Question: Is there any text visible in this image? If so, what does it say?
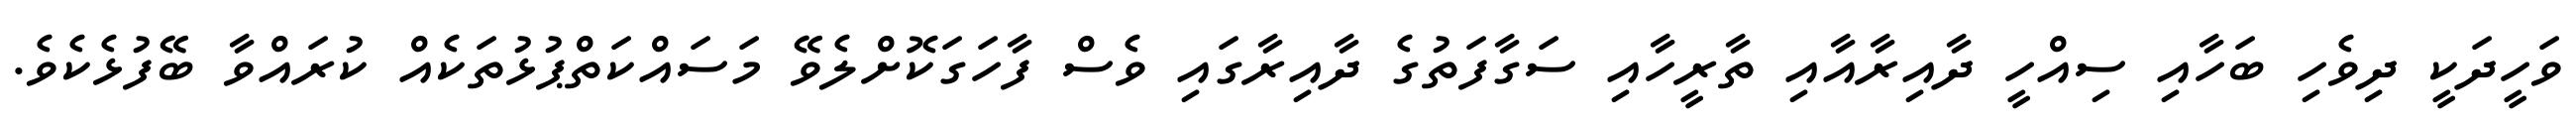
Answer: ވަހީދަކީ ދިވެހި ބަހާއި ސިއްހީ ދާއިރާއާއި ތާރީހާއި ސަގާފަތުގެ ދާއިރާގައި ވެސް ފާހަގަކޮށްލެވޭ މަސައްކަތްޕުޅުތަކެއް ކުރައްވާ ބޭފުޅެކެވެ.